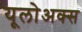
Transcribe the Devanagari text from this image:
यूलोअक्स